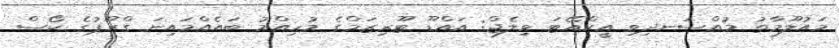
މައުލޫމާތު މުއްސަނދިވި އީކްއޭޓަ ވިލެޖް: އައްޑޫ ޓޫރިޒަމްގެ މުހިއްމު ބައެއްމައިނަ ގްރޫޕުގެ ކޯސް